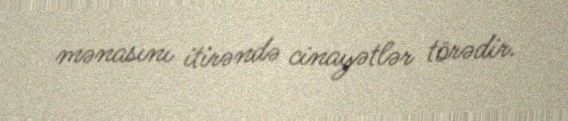
mənasını itirəndə cinayətlər törədir.